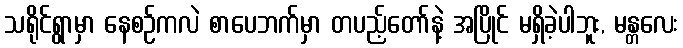
သရိုင်ရွာမှာ နေစဉ်ကလဲ စာပေဘက်မှာ တပည့်တော်နဲ့ အပြိုင် မရှိခဲ့ပါဘူး, မန္တလေး